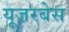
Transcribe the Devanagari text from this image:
यूज़रबेस